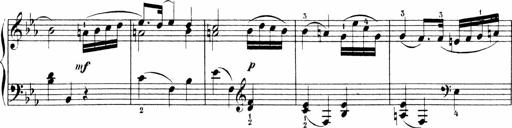
Title: 6 Sonatinas
Composer: Carl Reinecke